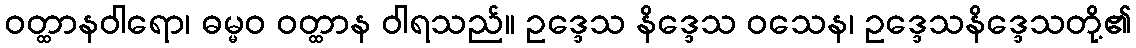
ဝတ္ထာနဝါရော၊ ဓမ္မဝ ဝတ္ထာန ဝါရသည်။ ဥဒ္ဒေသ နိဒ္ဒေသ ဝသေန၊ ဥဒ္ဒေသနိဒ္ဒေသတို့၏